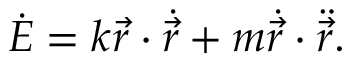
\dot { E } = k { \vec { r } } \cdot \dot { \vec { r } } + m { \dot { \vec { r } } } \cdot \ddot { \vec { r } } .